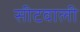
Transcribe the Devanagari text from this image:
सीटवाली